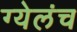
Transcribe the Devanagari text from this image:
ग्येलंच